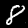
Label: 8